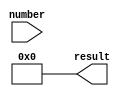
`timescale 1ns / 1ps
//////////////////////////////////////////////////////////////////////////////////
// Company: 
// Engineer: 
// 
// Design Name: 
// Module Name:    display_to_dec 
// Project Name: 
// Target Devices: 
// Tool versions: 
// Description: 
//
// Dependencies: 
//
// Revision: 
// Revision 0.01 - File Created
// Additional Comments: 
//
//////////////////////////////////////////////////////////////////////////////////
module display_to_dec(
    input [15:0] number,
    output [31:0] result
    );
    assign result = 32'd0;
endmodule